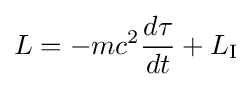
L=-mc^{2}{\frac {d\tau }{dt}}+L_{\text{I}}